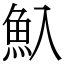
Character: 魞